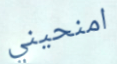
امنحيني